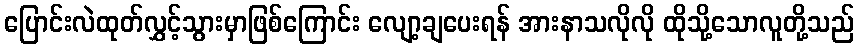
ပြောင်းလဲထုတ်လွှင့်သွားမှာဖြစ်ကြောင်း လျော့ချပေးရန် အားနာသလိုလို ထိုသို့သောလူတို့သည်